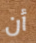
أن